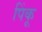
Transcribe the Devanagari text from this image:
पिंकू